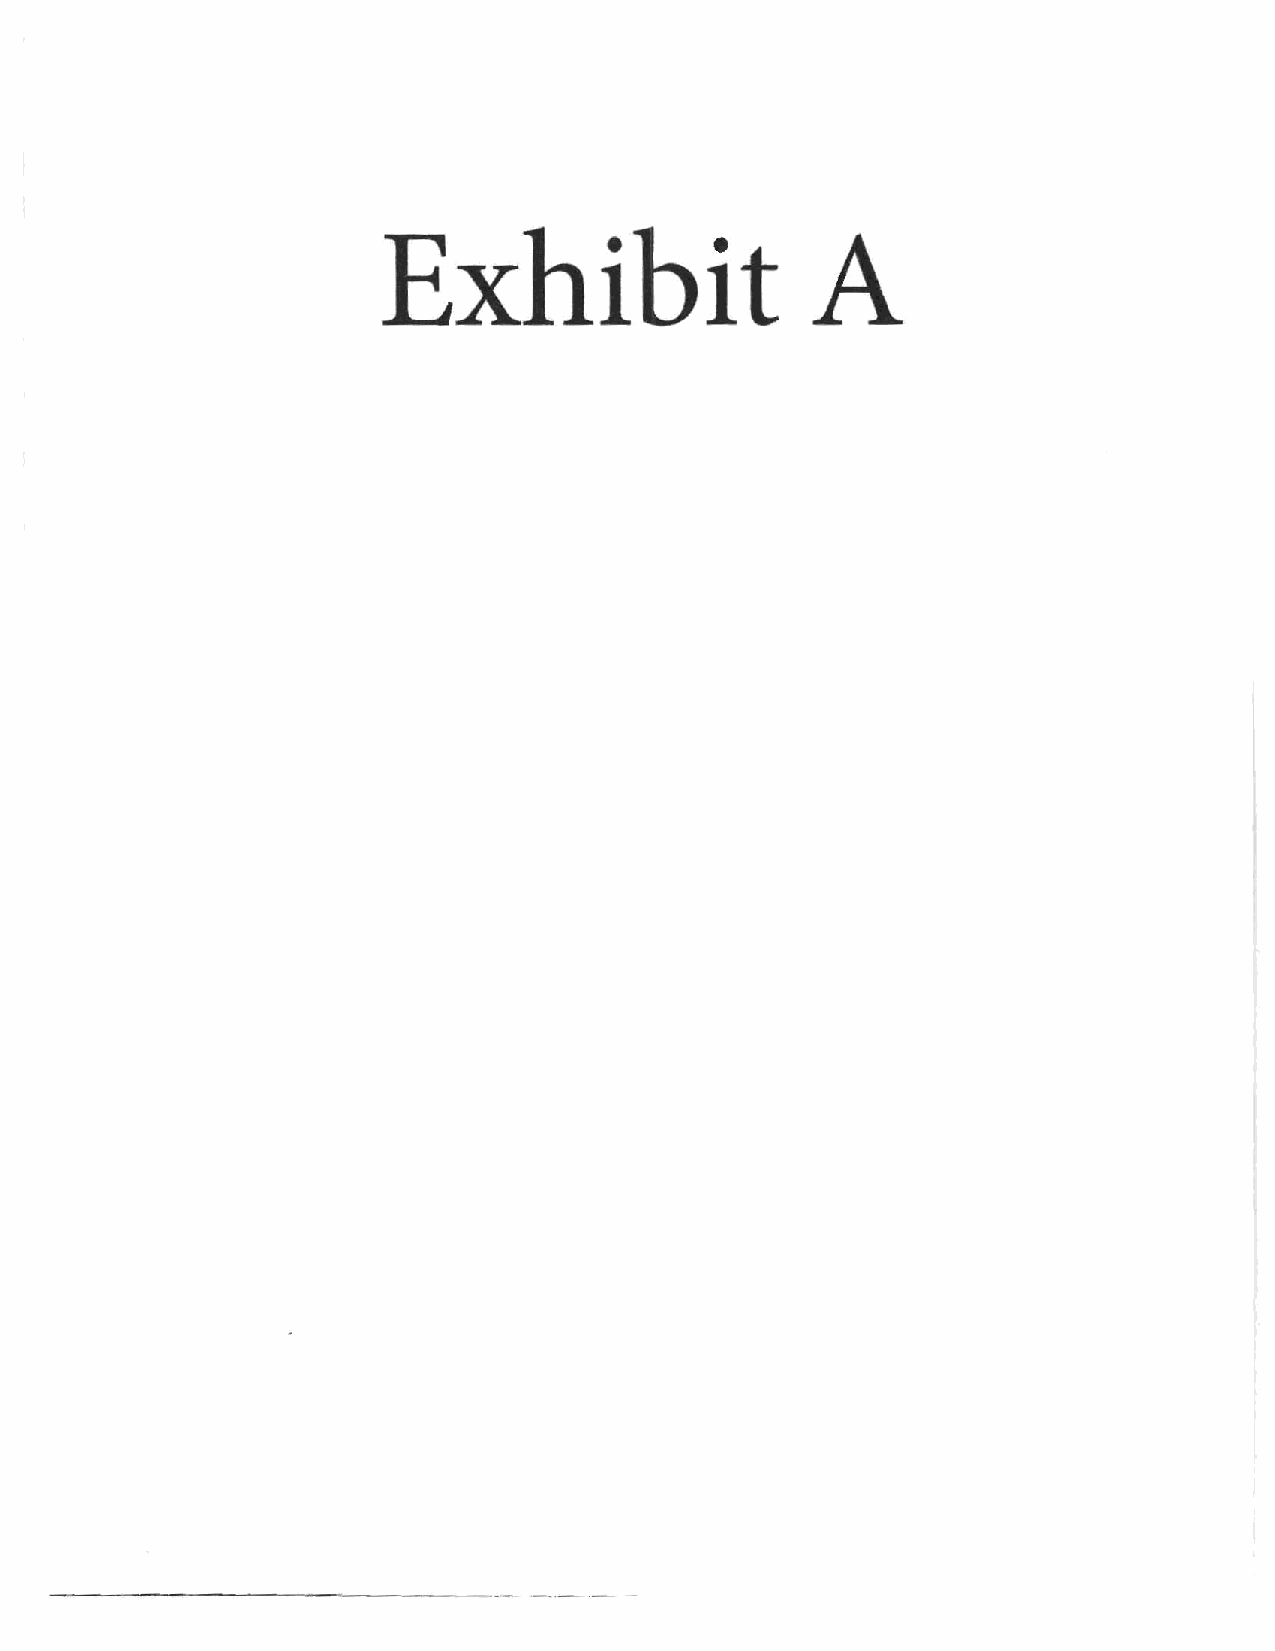
Exhibit                      A